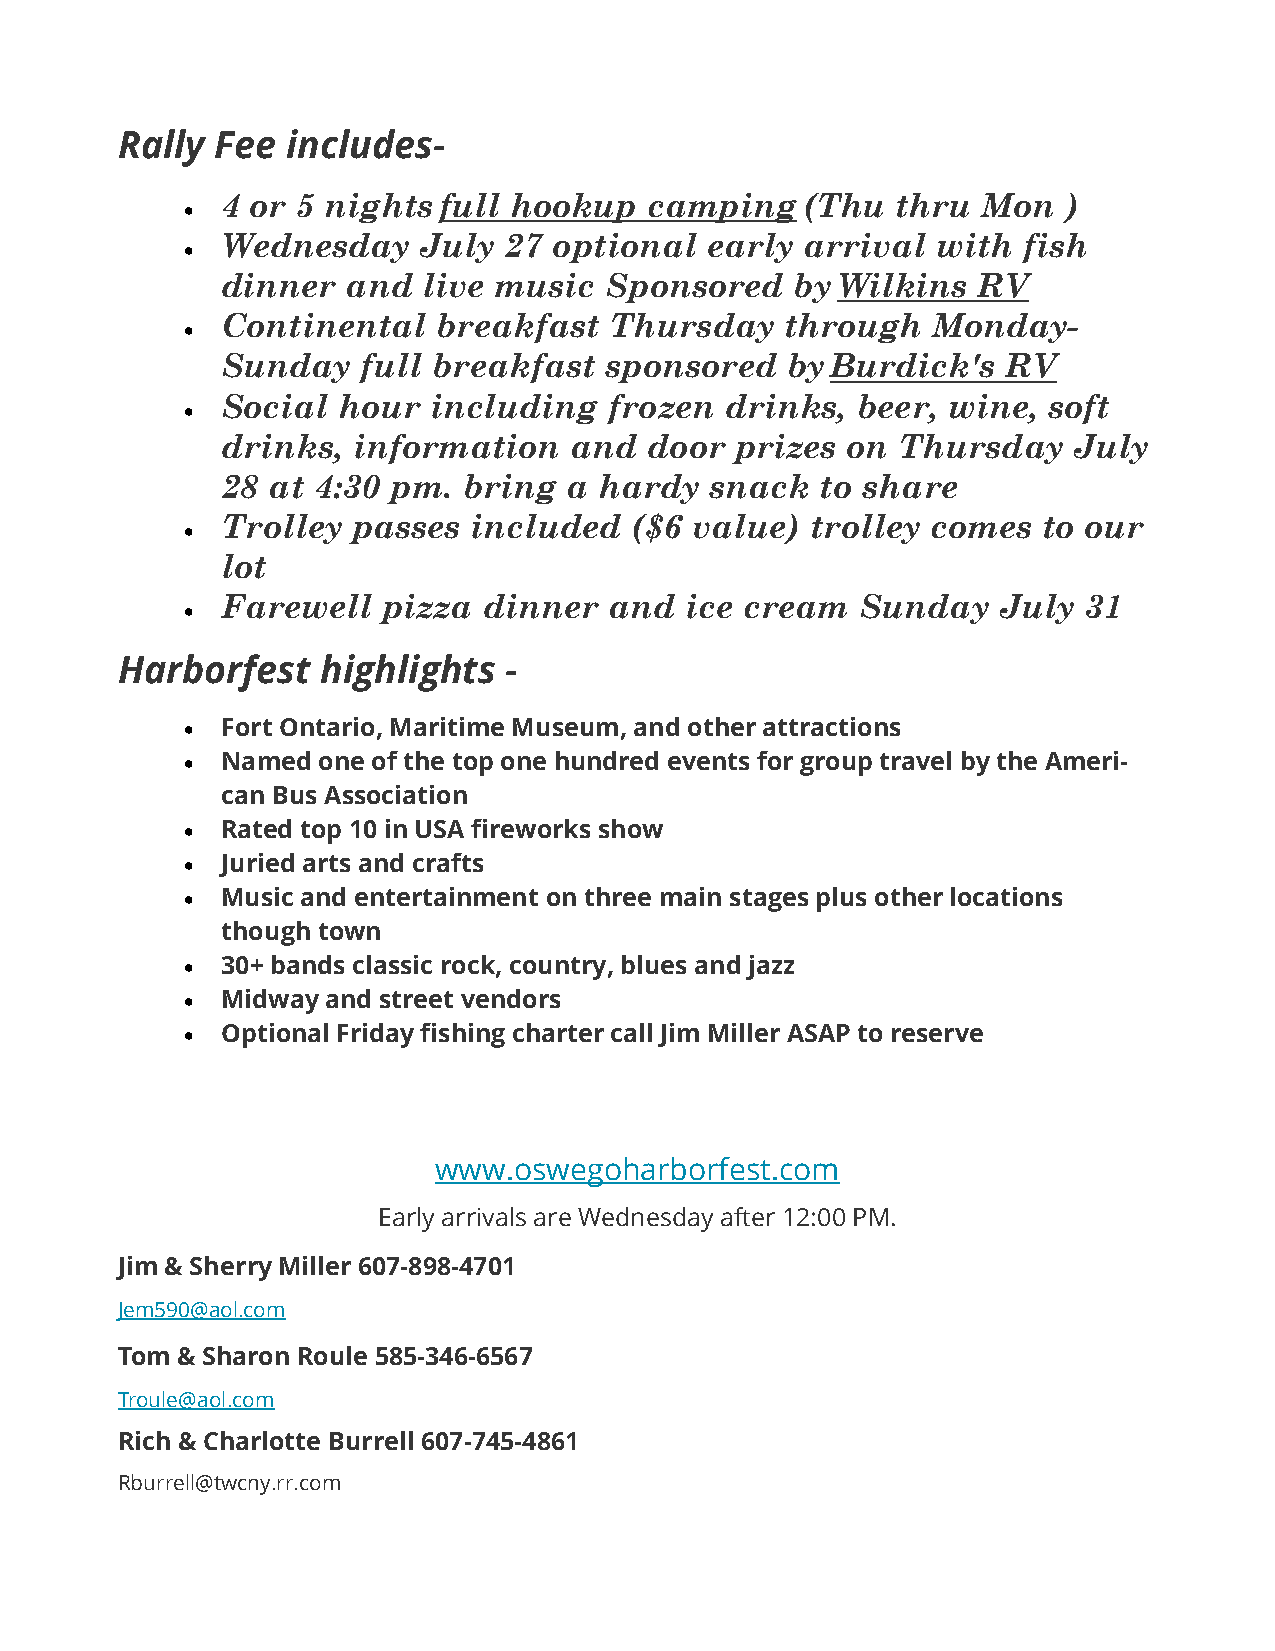
Rally Fee  includes-
 •
 4 or 5 nights full hookup   camping   (Thu  thru  Mon   )
 Wednesday    July 27  optional  early arrival  with  fish
 •
 dinner  and  live music  Sponsored    by Wilkins  RV
 Continental   breakfast  Thursday    through   Monday-
 •
 Sunday   full breakfast  sponsored   by Burdick's   RV
 Social hour  including   frozen  drinks,  beer, wine, soft
 •
 drinks, information    and  door  prizes on Thursday    July
 28 at 4:30 pm.  bring  a hardy  snack  to share
 Trolley passes  included   ($6 value)  trolley comes  to our
 •
 lot
 •
 Farewell  pizza  dinner  and  ice cream   Sunday   July  31
 Harborfest   highlights  -
 •  Fort Ontario, Maritime Museum, and other attractions
 •  Named one of the top one hundred events for group travel by the Ameri-
 can Bus Association
 •  Rated top 10 in USA fireworks show
 •  Juried arts and crafts
 •  Music and entertainment on three main stages plus other locations
 though town
 •  30+ bands classic rock, country, blues and jazz
 •  Midway and street vendors
 •  Optional Friday fishing charter call Jim Miller ASAP to reserve
 www.oswegoharborfest.com
 Early arrivals are Wednesday after 12:00 PM.
 Jim & Sherry Miller 607-898-4701
 Jem590@aol.com
 Tom & Sharon Roule 585-346-6567
 Troule@aol.com
 Rich & Charlotte Burrell 607-745-4861
 Rburrell@twcny.rr.com